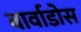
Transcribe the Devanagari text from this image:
बार्वाडोस